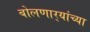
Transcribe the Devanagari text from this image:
बोलणार्‍यांच्या